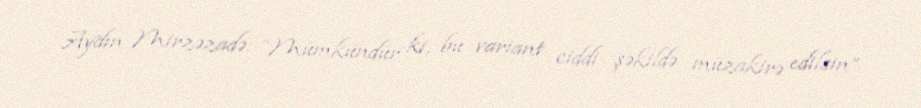
Aydın Mirzəzadə: “Mümkündür ki, bu variant ciddi şəkildə müzakirə edilsin”